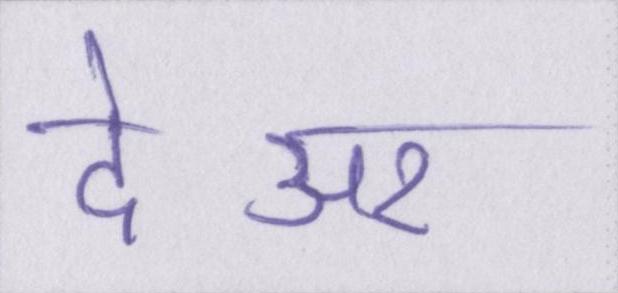
देअर